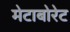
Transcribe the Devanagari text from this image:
मेटाबोरेट